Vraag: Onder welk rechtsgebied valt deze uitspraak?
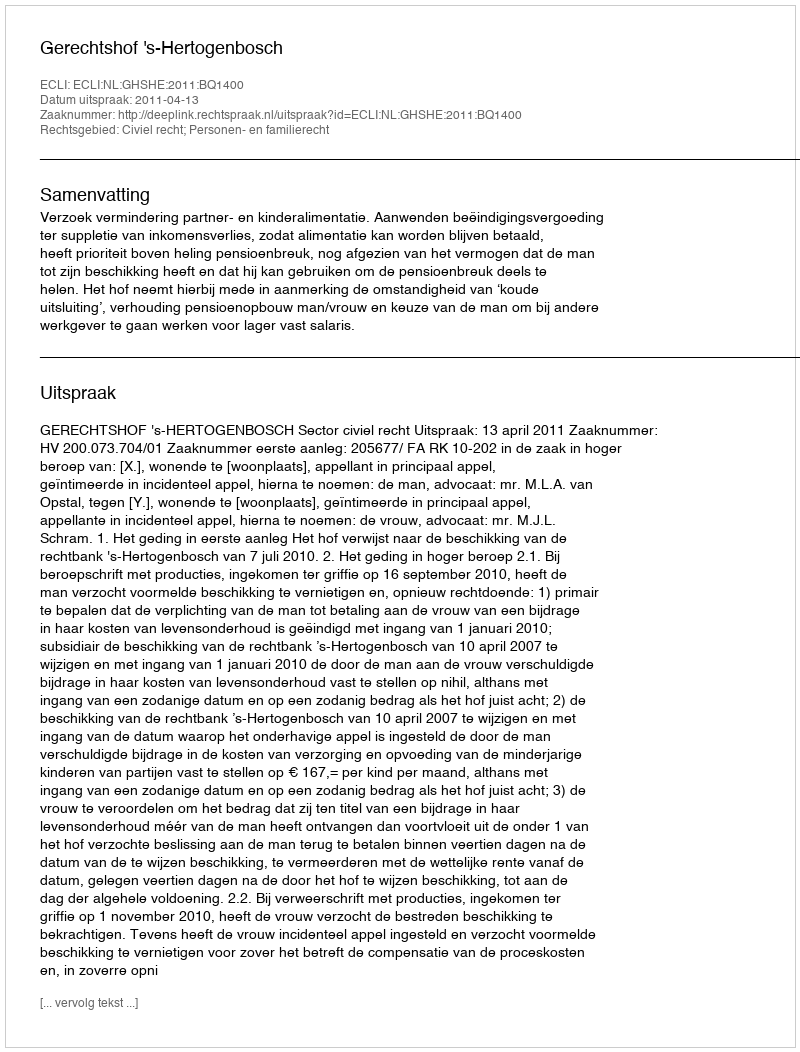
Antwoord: Civiel recht; Personen- en familierecht